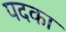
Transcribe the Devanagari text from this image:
पदका